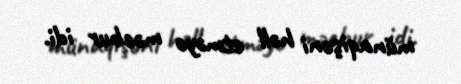
münaqişəni həll etməyə məcbur idi.